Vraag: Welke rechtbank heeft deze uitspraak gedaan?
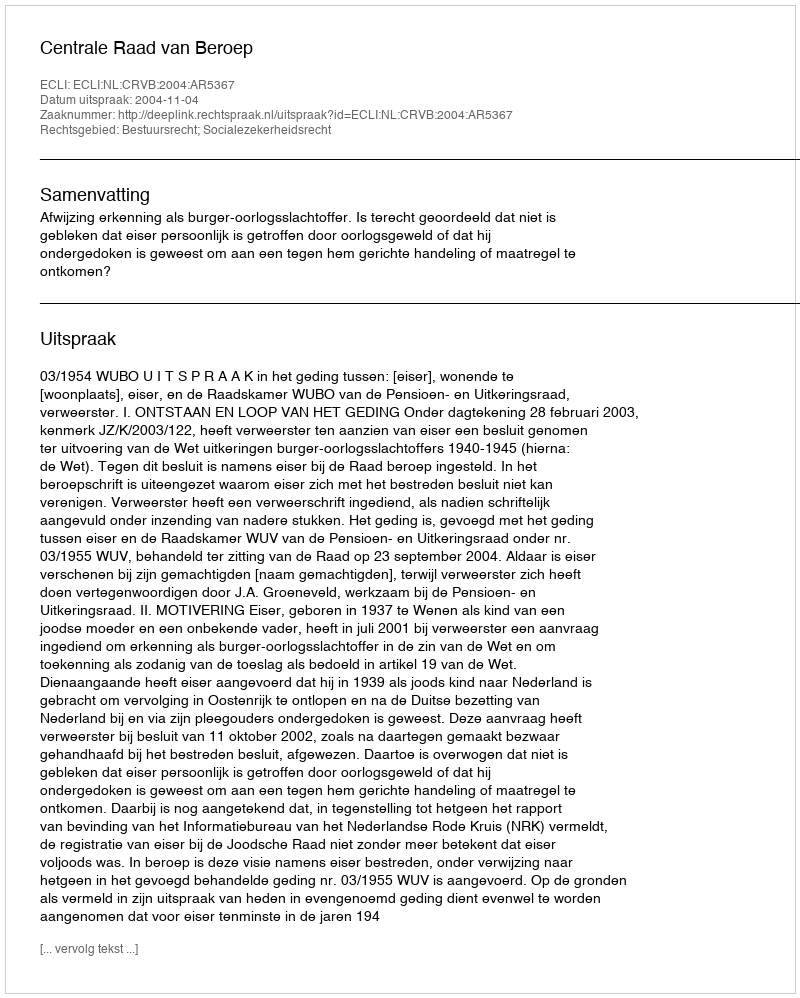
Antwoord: Centrale Raad van Beroep